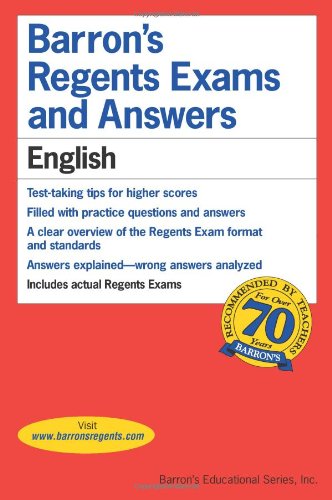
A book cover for Barron's Regents Exams and Answers: English; Carol Chaitkin; Test Preparation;